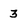
Character: 3